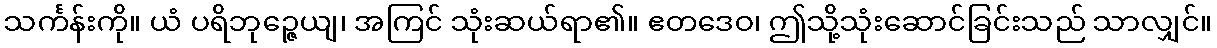
သင်္ကန်းကို။ ယံ ပရိဘုဉ္ဇေယျ၊ အကြင် သုံးဆယ်ရာ၏။ ဧတဒေဝ၊ ဤသို့သုံးဆောင်ခြင်းသည် သာလျှင်။